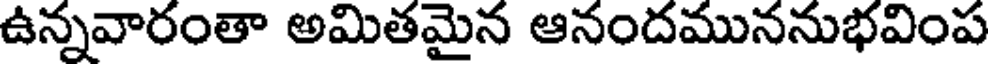
ఉన్నవారంతా అమితమైన ఆనందముననుభవింప